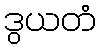
ဒွယတံ